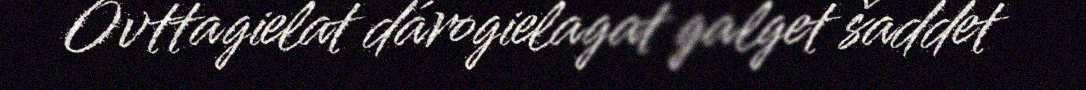
Ovttagielat dárogielagat galget šaddet